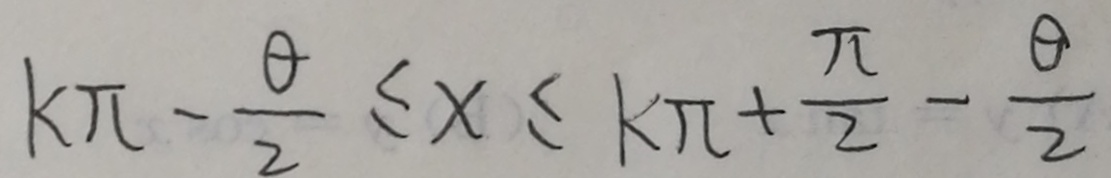
k \pi - \frac { \theta } { 2 } \leq x \leq k \pi + \frac { \pi } { 2 } - \frac { \theta } { 2 }